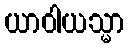
ယာဝါယသ္မာ